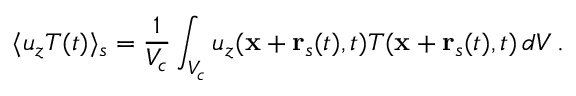
\langle u _ { z } T ( t ) \rangle _ { s } = \frac { 1 } { V _ { c } } \int _ { V _ { c } } u _ { z } ( { \bf x } + { \bf r } _ { s } ( t ) , t ) T ( { \bf x } + { \bf r } _ { s } ( t ) , t ) \, d V \, .